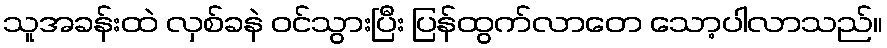
သူအခန်းထဲ လှစ်ခနဲ ဝင်သွားပြီး ပြန်ထွက်လာတေ သော့ပါလာသည်။